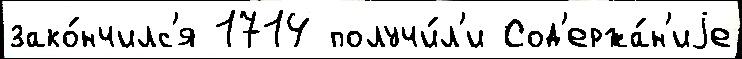
зако́нчилс'я 1714 получи́л'и Сод'ержа́н'иjе